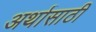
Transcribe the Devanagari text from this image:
अर्थासाठी